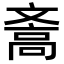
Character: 𪯪